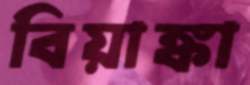
বিয়াঙ্কা